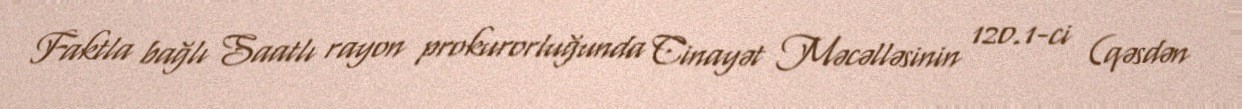
Faktla bağlı Saatlı rayon prokurorluğunda Cinayət Məcəlləsinin 120.1-ci (qəsdən